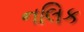
નલિક